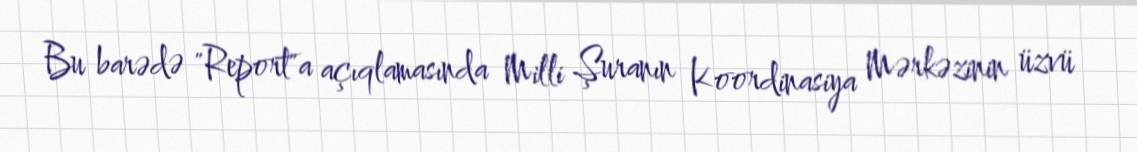
Bu barədə "Report"a açıqlamasında Milli Şuranın Koordinasiya Mərkəzinin üzvü